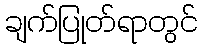
ချက်ပြုတ်ရာတွင်